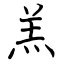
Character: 羔